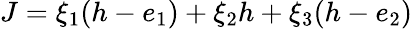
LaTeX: J=\xi_{1}(h-e_{1})+\xi_{2}h+\xi_{3}(h-e_{2})